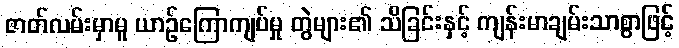
ဇာတ်လမ်းမှာမူ ယာဉ်ကြောကျပ်မှု တွဲများ၏ သိခြင်းနှင့် ကျန်းမာချမ်းသာစွာဖြင့်